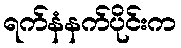
ရက်နံနက်ပိုင်းက